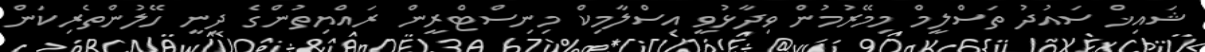
ޝައިޚް ސައުދު ތަސްލީމް މިމޭރުމުން ވިދާޅުވީ އިސްލާމިކް މިނިސްޓްރީން ރައްޔިތުންގެ ދީނީ ހޭލުންތެރިކަން